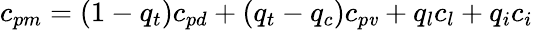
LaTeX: c_{pm}=(1-q_{t})c_{pd}+(q_{t}-q_{c})c_{p\mathit{v}}+q_{l}c_{l}+q_{i}c_{i}